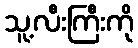
သူ့လီးကြီးကို